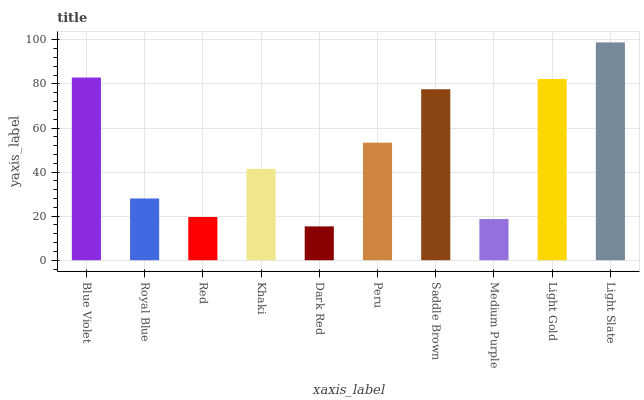
| xaxis_label | bars |
 | --- | --- |
 | Blue Violet | 82.9 |
 | Royal Blue | 28 |
 | Red | 19.6 |
 | Khaki | 41.5 |
 | Dark Red | 15.4 |
 | Peru | 53.4 |
 | Saddle Brown | 77.6 |
 | Medium Purple | 18.7 |
 | Light Gold | 82.2 |
 | Light Slate | 98.8 |